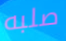
صلبه